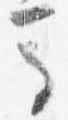
馬